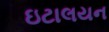
ઇટાલયન